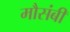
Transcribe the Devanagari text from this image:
मौसंबी